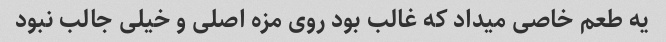
یه طعم خاصی میداد که غالب بود روی مزه اصلی و خیلی جالب نبود